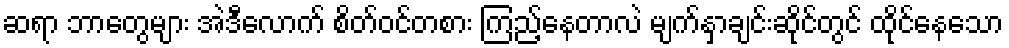
ဆရာ ဘာတွေများ အဲဒီလောက် စိတ်ဝင်တစား ကြည့်နေတာလဲ မျက်နှာချင်းဆိုင်တွင် ထိုင်နေသော